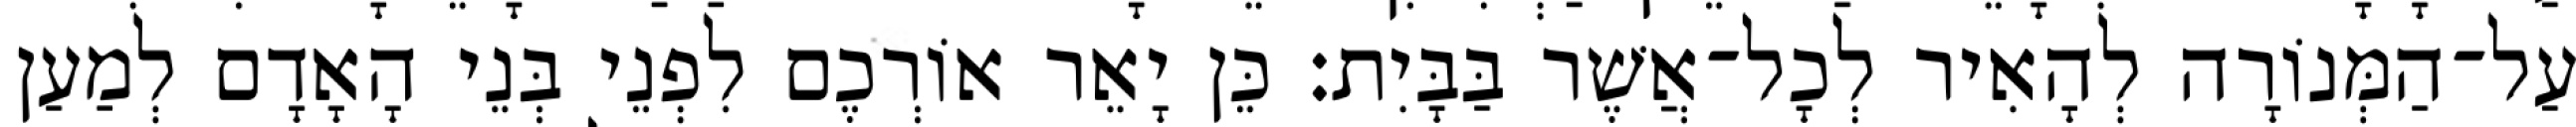
עַל־הַמְּנוֹרָה לְהָאִיר לְכָל־אֲשֶׁר בַּבָּיִת׃ כֵּן יָאֵר אוֹרְכֶם לִפְנֵי בְּנֵי הָאָדָם לְמַעַן